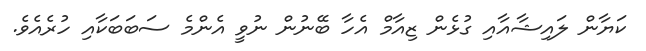
ކަޔާން ލައިޝާއާއި ގުޅެން ޒިއާމް އެހާ ބޭނުން ނުވީ އެންމެ ސަބަބަކާއި ހުރެއެވެ.